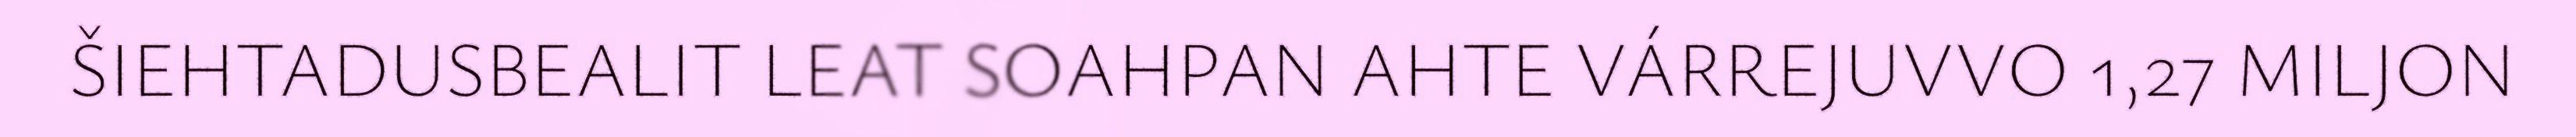
ŠIEHTADUSBEALIT LEAT SOAHPAN AHTE VÁRREJUVVO 1,27 MILJON